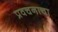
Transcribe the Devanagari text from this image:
प्रवचनाचा